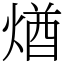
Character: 煪